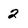
Character: 2